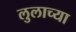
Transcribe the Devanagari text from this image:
लुलाच्या